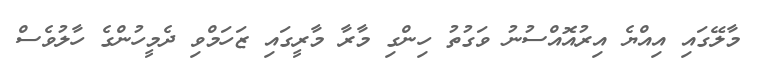
މާލޭގައި އިއްޔެ އިރުއޮއްސުނު ވަގުތު ހިންގި މާރާ މާރީގައި ޒަހަމްވި ދެމީހުންގެ ހާލުވެސް